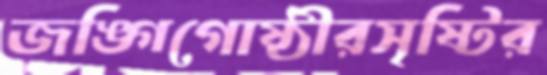
জঙ্গিগোষ্ঠীরসৃষ্টির